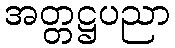
အတ္တဋ္ဌပညာ